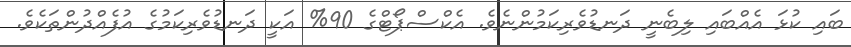
ބައި ކުޅަ އެއްބައި ލިބެނީ ދަނޑުވެރިކަމުންނެވެ. އެކްސްޕޯޓްގެ 90% އަކީ ދަނޑުވެރިކަމުގެ އުފެއްދުންތަކެވެ.